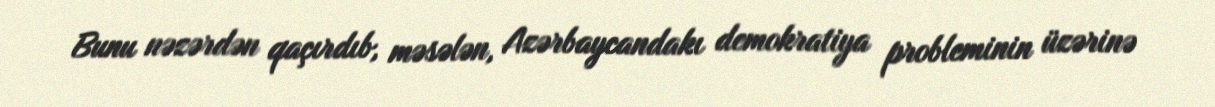
Bunu nəzərdən qaçırdıb, məsələn, Azərbaycandakı demokratiya probleminin üzərinə